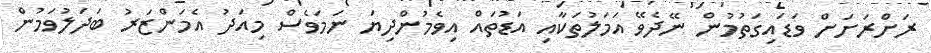
ރަށްރަށަށް ވަޑައިގަތުމުން ނޭދެވޭ އަމަލުތަކާއި އަޑުތައް އިވެމުންދިޔަ ނަމަވެސް މިއަދު އެމަންޒަރު ބަދަލުވަމުން